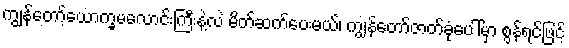
ကျွန်တော့်ယောက္ခမလောင်းကြီးနဲ့လဲ မိတ်ဆက်ပေးမယ်၊ ကျွန်တော်ဇာတ်ခုံပေါ်မှာ စွန်ရင်ဖြင့်